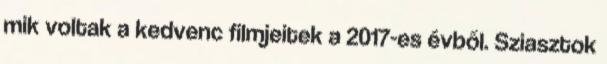
mik voltak a kedvenc filmjeitek a 2017-es évből. Sziasztok